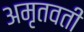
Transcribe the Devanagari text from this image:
अमृतवती